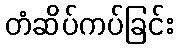
တံဆိပ်ကပ်ခြင်း